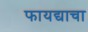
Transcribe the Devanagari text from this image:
फायद्याचा